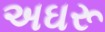
અઘરૂ